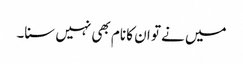
میں نے تو ان کا نام بھی نہیں سنا۔